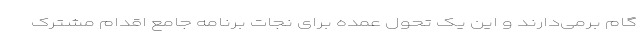
گام برمی‌دارند و این یک تحول عمده برای نجات برنامه جامع اقدام مشترک